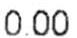
0.00